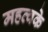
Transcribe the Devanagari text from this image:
महत्वके